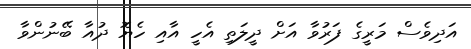
އަދިވެސް މަރީގެ ފަރުވާ އަށް ދީލަތި އެހީ އާއި ހެޔޮ ދުއާ ބޭނުންވާ